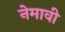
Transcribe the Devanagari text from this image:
नेमावी